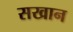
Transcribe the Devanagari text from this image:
सखान